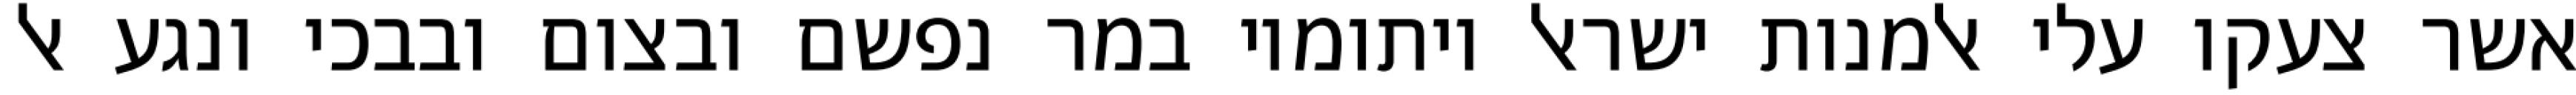
אשר צעקו עלי אלמנות ישראל ויתומיו במר נפשם ובצום ובבכי ונגע אל